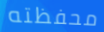
محفظته